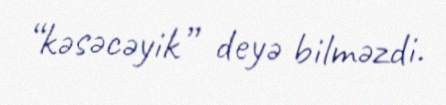
“kəsəcəyik” deyə bilməzdi.